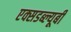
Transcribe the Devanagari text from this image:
एक्सडब्ल्यूबी